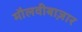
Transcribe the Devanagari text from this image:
मौलवीबाज़ार